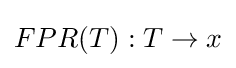
FPR(T):T\rightarrow x